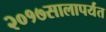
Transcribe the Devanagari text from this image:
२०१७सालापर्यंत